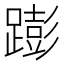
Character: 𰸫